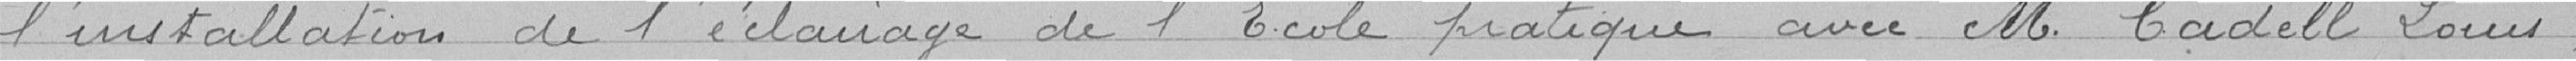
l'installation de l'éclairage de l'École pratique avec M. Cadell Louis,